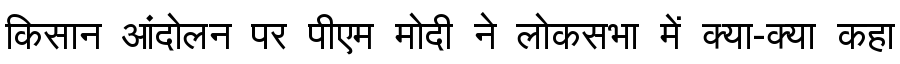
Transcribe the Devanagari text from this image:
किसान आंदोलन पर पीएम मोदी ने लोकसभा में क्या-क्या कहा